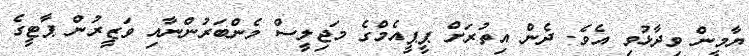
ޔާމީން ވިދާޅުވި އެވެ. ދެން އިތުރަށް ޕީޕީއެމްގެ މަޖިލީސް މެންބަރުންނާއި ވަޒީރުން ޕާޓީގެ